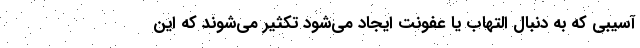
آسیبی که به دنبال التهاب یا عفونت ایجاد می‌شود تکثیر می‌شوند که این